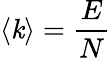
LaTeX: \langle\mathit{k}\rangle={\frac{{E}}{{N}}}